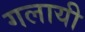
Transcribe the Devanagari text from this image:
गलायी